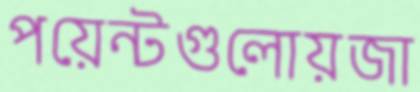
পয়েন্টগুলোয়জা